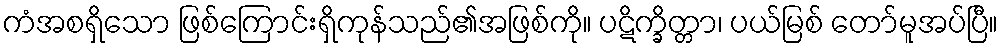
ကံအစရှိသော ဖြစ်ကြောင်းရှိကုန်သည်၏အဖြစ်ကို။ ပဋိက္ခိတ္တာ၊ ပယ်မြစ် တော်မူအပ်ပြီ။